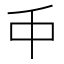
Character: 𠂝